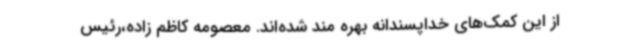
از این کمک‌های خداپسندانه بهره مند شده‌اند. معصومه کاظم زاده،رئیس